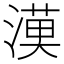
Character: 𱨓